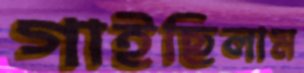
গাইছিলাম